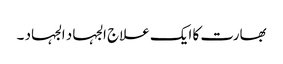
بھارت کا ایک علاج الجہاد الجہاد ۔